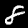
Label: 8